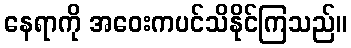
နေရာကို အဝေးကပင်သိနိုင်ကြသည်။